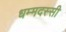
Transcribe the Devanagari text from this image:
धम्मदस्सी